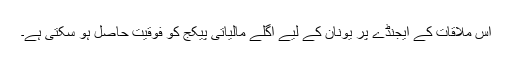
اس ملاقات کے ایجنڈے پر یونان کے لیے اگلے مالیاتی پیکج کو فوقیت حاصل ہو سکتی ہے۔